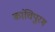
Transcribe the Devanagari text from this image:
कांचिपुरम